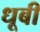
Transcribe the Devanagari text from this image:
धूबी